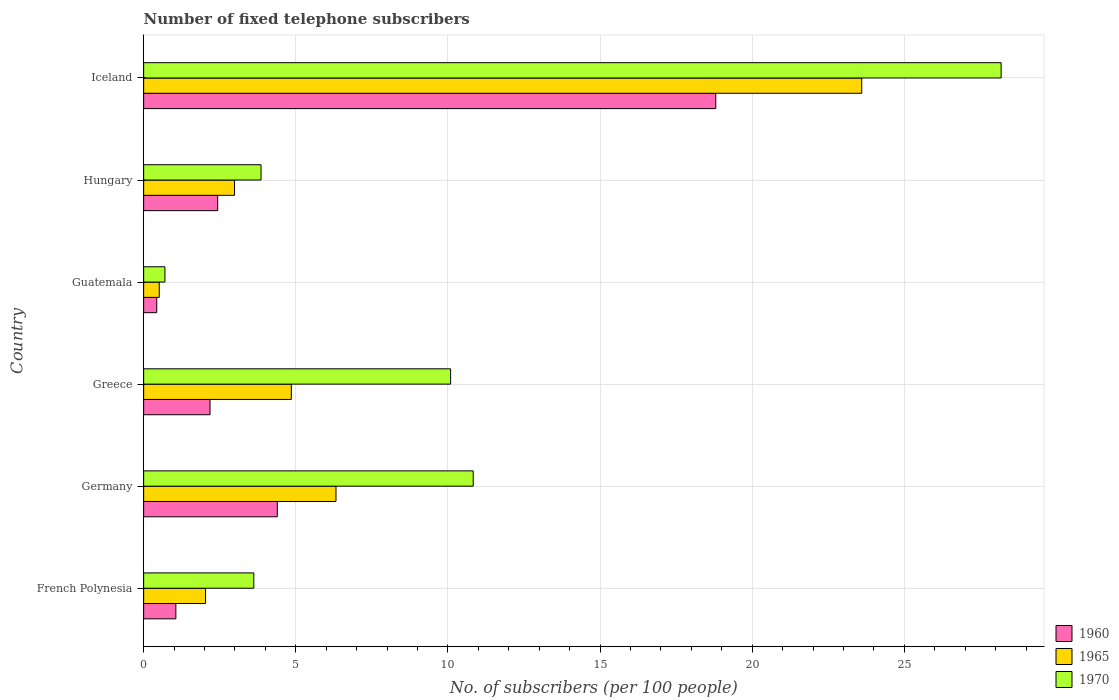
| Country | 1960 | 1965 | 1970 |
 | --- | --- | --- | --- |
 | French Polynesia | 1.06 | 2.03 | 3.62 |
 | Germany | 4.39 | 6.32 | 10.8 |
 | Greece | 2.18 | 4.85 | 10.1 |
 | Guatemala | 0.43 | 0.513 | 0.699 |
 | Hungary | 2.43 | 2.99 | 3.86 |
 | Iceland | 18.8 | 23.6 | 28.2 |